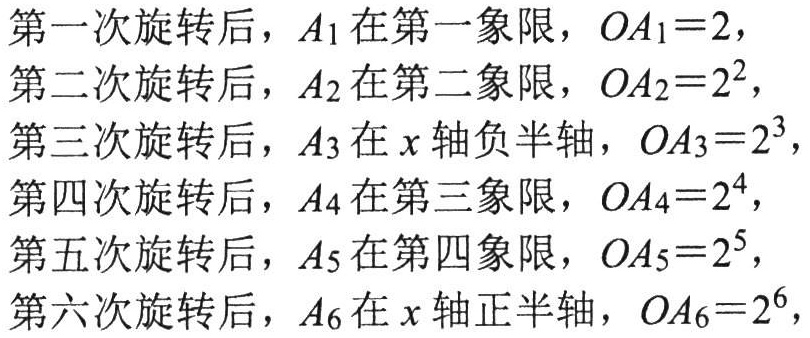
第一次旋转后，\(A_1\) 在第一象限，\(OA_1 = 2\)，
第二次旋转后，\(A_2\) 在第二象限，\(OA_2 = 2^2\)，
第三次旋转后，\(A_3\) 在 \(x\) 轴负半轴，\(OA_3 = 2^3\)，
第四次旋转后，\(A_4\) 在第三象限，\(OA_4 = 2^4\)，
第五次旋转后，\(A_5\) 在第四象限，\(OA_5 = 2^5\)，
第六次旋转后，\(A_6\) 在 \(x\) 轴正半轴，\(OA_6 = 2^6\)，